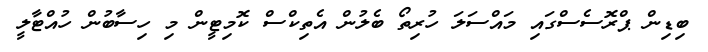
ބިޑިން ޕްރޮސެސްގައި މައްސަލަ ހުރިތޯ ބެލުން އެތިކްސް ކޮމިޓީން މި ހިސާބުން ހުއްޓާލީ